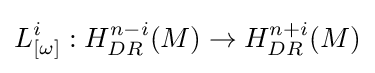
L_{[\omega ]}^{i}:H_{DR}^{n-i}(M)\to H_{DR}^{n+i}(M)